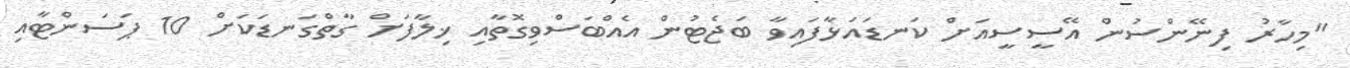
"މިހާރު ފިނޭންސުން އޭސީސީއަށް ކަނޑައަޅާފައިވާ ބަޖެޓުން އެއްބަސްވިގޮތާއި ޚިލާފަށް ގާތްގަނޑަކަށް 10 ޕަސަންޓާއި